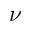
\nu